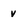
Character: v